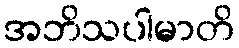
အဘိသပါမာတိ